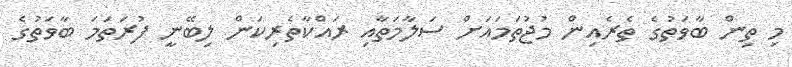
މި ތިން ބާވަތުގެ ތެރެއިން މުޖުތަމައަށް ސަލާމަތާއި ރައްކާތެރިކަން ލިބޭނީ ފުރަތަމަ ބާވަތުގެ